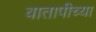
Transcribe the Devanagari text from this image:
वातापीच्या